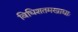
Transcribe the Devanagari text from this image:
विधिशतमखाद्याः